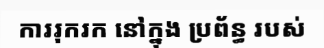
ការរុករក នៅក្នុង ប្រព័ន្ធ របស់